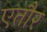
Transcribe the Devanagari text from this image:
एतौर